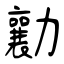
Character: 勷